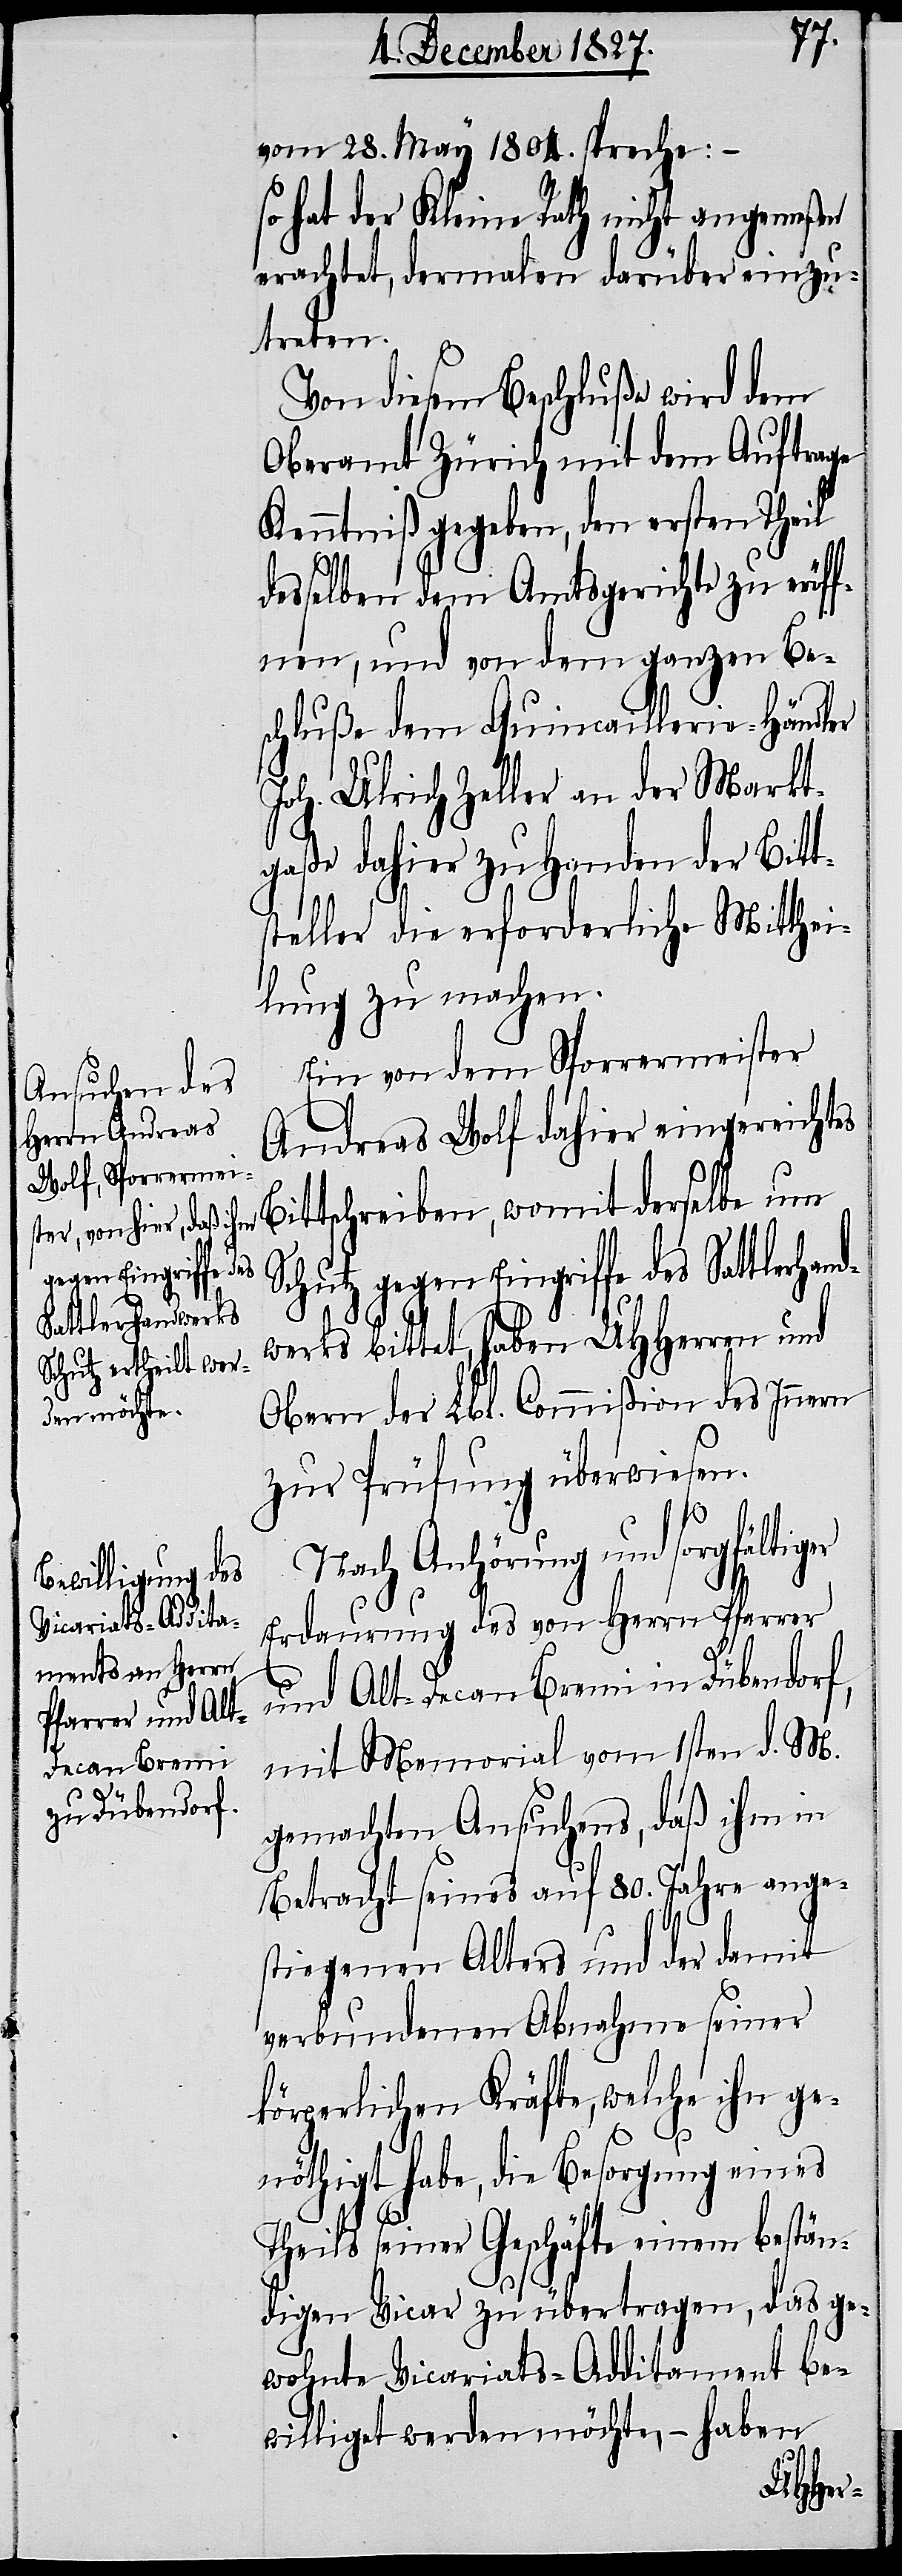
gegen Eingriffe des
Sattlerhandwe¬

vom 28. May 1804. spreche:
so hat der Kleine Rath nicht angemeßen
erachtet, dermalen darüber einzu¬
treten.
Von diesem Beschluße wird dem
Oberamt Zürich mit dem Auftrage
Kenntniß gegeben, den ersten Theil
desselben dem Amtsgerichte zu eröf¬
fnen, und von dem ganzen Be¬
schluße dem Quincaillerie-Händler
Joh. Ulrich Zeller an der Markt¬
gaße dahier zu Handen der Bitt¬
steller die erforderliche Mitthei¬
lung zu machen.
Ein von dem Sporrermeister
Andreas Wolf dahier eingereichtes
Bittschreiben, womit derselbe um
rks bittet, haben UHHerren und
Obern der Lbl. Commißion des Innern
zur Prüfung überwiesen.
Nach Anhörung und sorgfälti¬
Erdauerung des von Herrn Pfarrer
und Alt-Decan Bremi in Dübendorf,
mit Memorial vom 1sten d. M.
gemachten Ansuchens, daß ihm in
Betracht seines auf 80. Jahre ange¬
ger
stiegenen Alters und der damit
verbundenen Abnahme seiner
körperlichen Kräfte, welche ihn ge¬
nöthigt habe, die Besorgung eines
Theils seiner Geschäfte einem bestän¬
digen Vicar zu übertragen, das ge¬
wohnte Vicariats-Additament be¬
willigt werden möchte, – haben